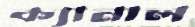
ক্যানাল